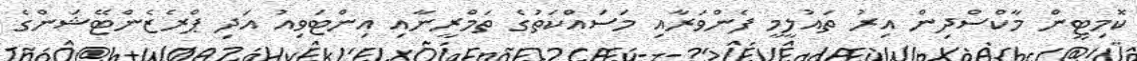
ކޮމިޓީން މާކްސްދިން އިރު ތައުލީމީ ފެންވަރާއި މަސައްކަތުގެ ތަމްރީނާއި އިންޓަވިއު އަދި ޕްރެޒެންޓޭޝަންގެ